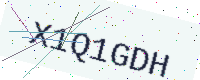
Text: X1Q1GDH